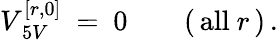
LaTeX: V_{\, 5V}^{[r,0]}\ =\ 0\qquad(\, \mathrm{all}\ r\, )\, .